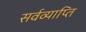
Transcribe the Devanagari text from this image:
सर्वव्याप्ति